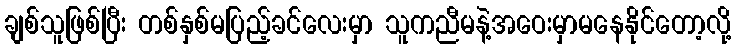
ချစ်သူဖြစ်ပြီး တစ်နှစ်မပြည့်ခင်လေးမှာ သူကညီမနဲ့အဝေးမှာမနေနိုင်တော့လို့